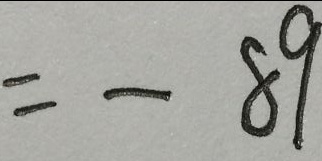
= - 8 9